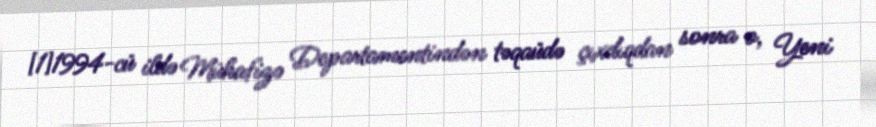
[1]1994-cü ildə Mühafizə Departamentindən təqaüdə çıxdıqdan sonra o, Yeni